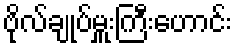
ဗိုလ်ချုပ်မှူးကြီးဟောင်း